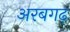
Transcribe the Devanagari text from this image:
अरबगढ़